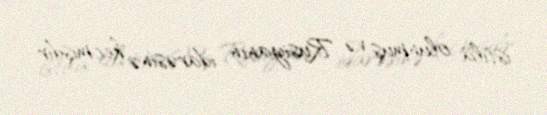
istila olunmuş və Rusiyanın idarəsinə keçmişdir.